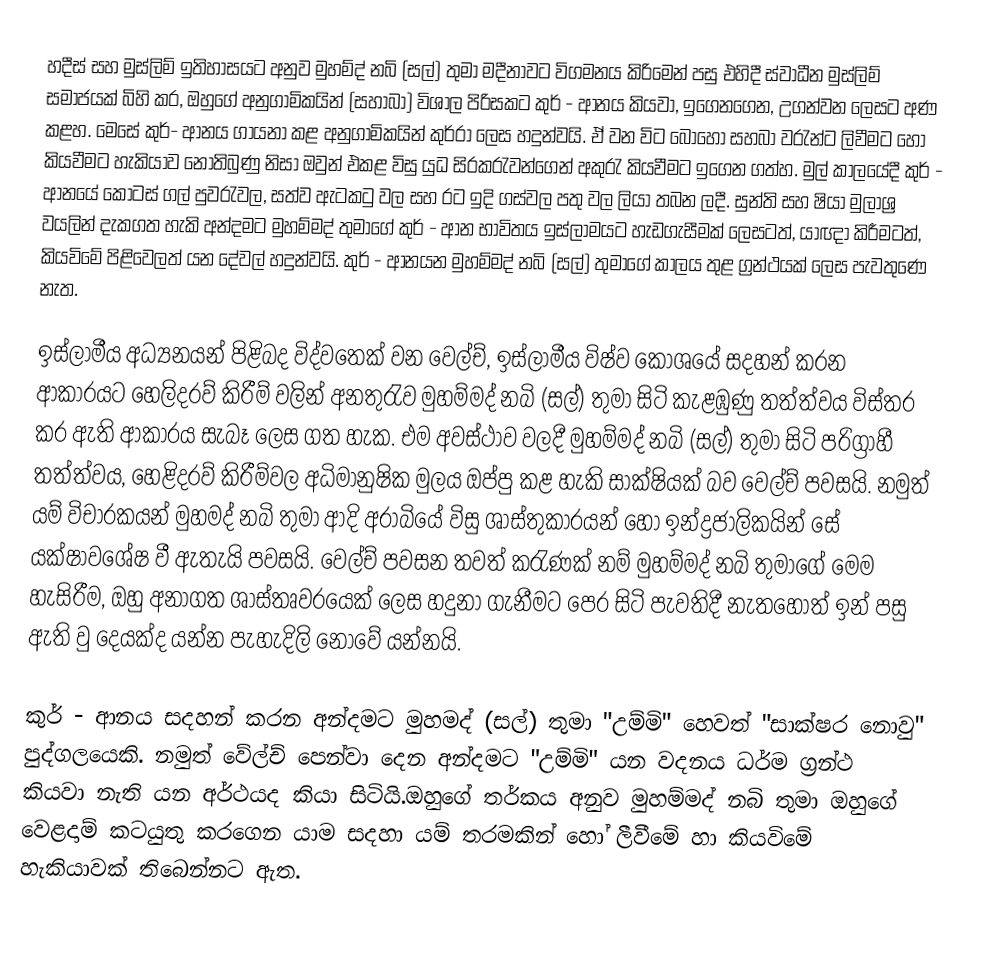
හදීස් සහ මුස්ලිම් ඉතිහාසයට අනුව මුහම්ද් නබි (සල්) තුමා මදීනාවට විගමනය කිරිමෙන් පසු එහිදී ස්වාධීන මුස්ලිම් සමාජයක් බිහි කර, ඔහුගේ අනුගාමිකයින් (සහාබා) විශාල පිරිසකට කුර් - ආනය කියවා, ඉගෙනගෙන, උගන්වන ලෙසට අණ කළහ. මෙසේ කුර්- ආනය ගායනා කළ අනුගාමිකයින් කුර්රා ලෙස හදුන්වයි. ඒ වන විට බොහෝ සහබා වරැන්ට ලිවීමට හෝ කියවීමට හැකියාව නොතිබුණු නිසා ඔවුන් එකළ විසු යුධ සිරකරැවන්ගෙන් අකුරැ කියවීමට ඉගෙන ගත්හ. මුල් කාලයේදී කුර් - ආනයේ කොටස් ගල් පුවරැවල, සත්ව ඇටකටු වල සහ රට ඉදි ගස්වල පතු වල ලියා තබන ලදී. සුන්ති සහ ෂියා මුලාශ්‍ර වයලින් දැකගත හැකි  අන්දමට මුහම්මද් තුමාගේ කුර් - ආන භාවිතය ඉස්ලාමයට හැඩගැසීමක් ලෙසටත්, යාඥා කිරීමටත්, කියවිමේ පිළිවෙලත් යන දේවල් හදුන්වයි. කුර් - ආනයන මුහම්මද් නබි (සල්) තුමාගේ කාලය තුළ ග්‍රන්ථයක් ලෙස පැවතුණෙ නැත.

	ඉස්ලාමීය අධ්‍යනයන් පිළිබද විද්වතෙක් වන වෙල්ච්, ඉස්ලාමීය විෂ්ව කෝශයේ සදහන් කරන ආකාරයට හෙලිදරව් කිරීම් වලින් අනතුරැව මුහම්මද් නබි (සල්) තුමා සිටි කැළඹුණු තත්ත්වය විස්තර කර ඇති ආකාරය සැබෑ ලෙස ගත හැක. එම අවස්ථාව වලදී මුහම්මද් නබි (සල්) තුමා සිටි පරිග්‍රාහී තත්ත්වය, හෙළිදරව් කිරීම්වල අධිමානුෂික මුලය ඔප්පු කළ හැකි සාක්ෂියක් බව වෙල්ච් පවසයි. නමුත් යම් විචාරකයන් මුහමද් නබි තුමා ආදි අරාබියේ විසු ශාස්තුකාරයන් හෝ ඉන්ද්‍රජාලිකයින් සේ යක්ෂාවශේෂ වී ඇතැයි පවසයි. වෙල්ච් පවසන තවත් කරැණක් නම් මුහම්මද් නබි තුමාගේ මෙම හැසිරීම, ඔහු අනාගත ශාස්තෘවරයෙක් ලෙස හදුනා ගැනීමට පෙර සිටි පැවතිදී නැතහොත් ඉන් පසු ඇති වු දෙයක්ද යන්න පැහැදිලි නොවේ යන්නයි.

	කුර් - ආනය සදහන් කරන අන්දමට මුහමද් (සල්) තුමා "උම්මි" හෙවත් "සාක්ෂර නොවු" පුද්ගලයෙකි. නමුත් වේල්ච් පෙන්වා දෙන අන්දමට "උම්මි" යන වදනය ධර්ම ග්‍රන්ථ කියවා නැති යන අර්ථයද කියා සිටියි.ඔහුගේ තර්කය අනුව මුහම්මද් නබි තුමා ඔහුගේ වෙළදාම් කටයුතු කරගෙන යාම සදහා යම් තරමකින් හෝ ලීවීමේ හා කියවිමේ හැකියාවක් තිබෙන්නට ඇත.